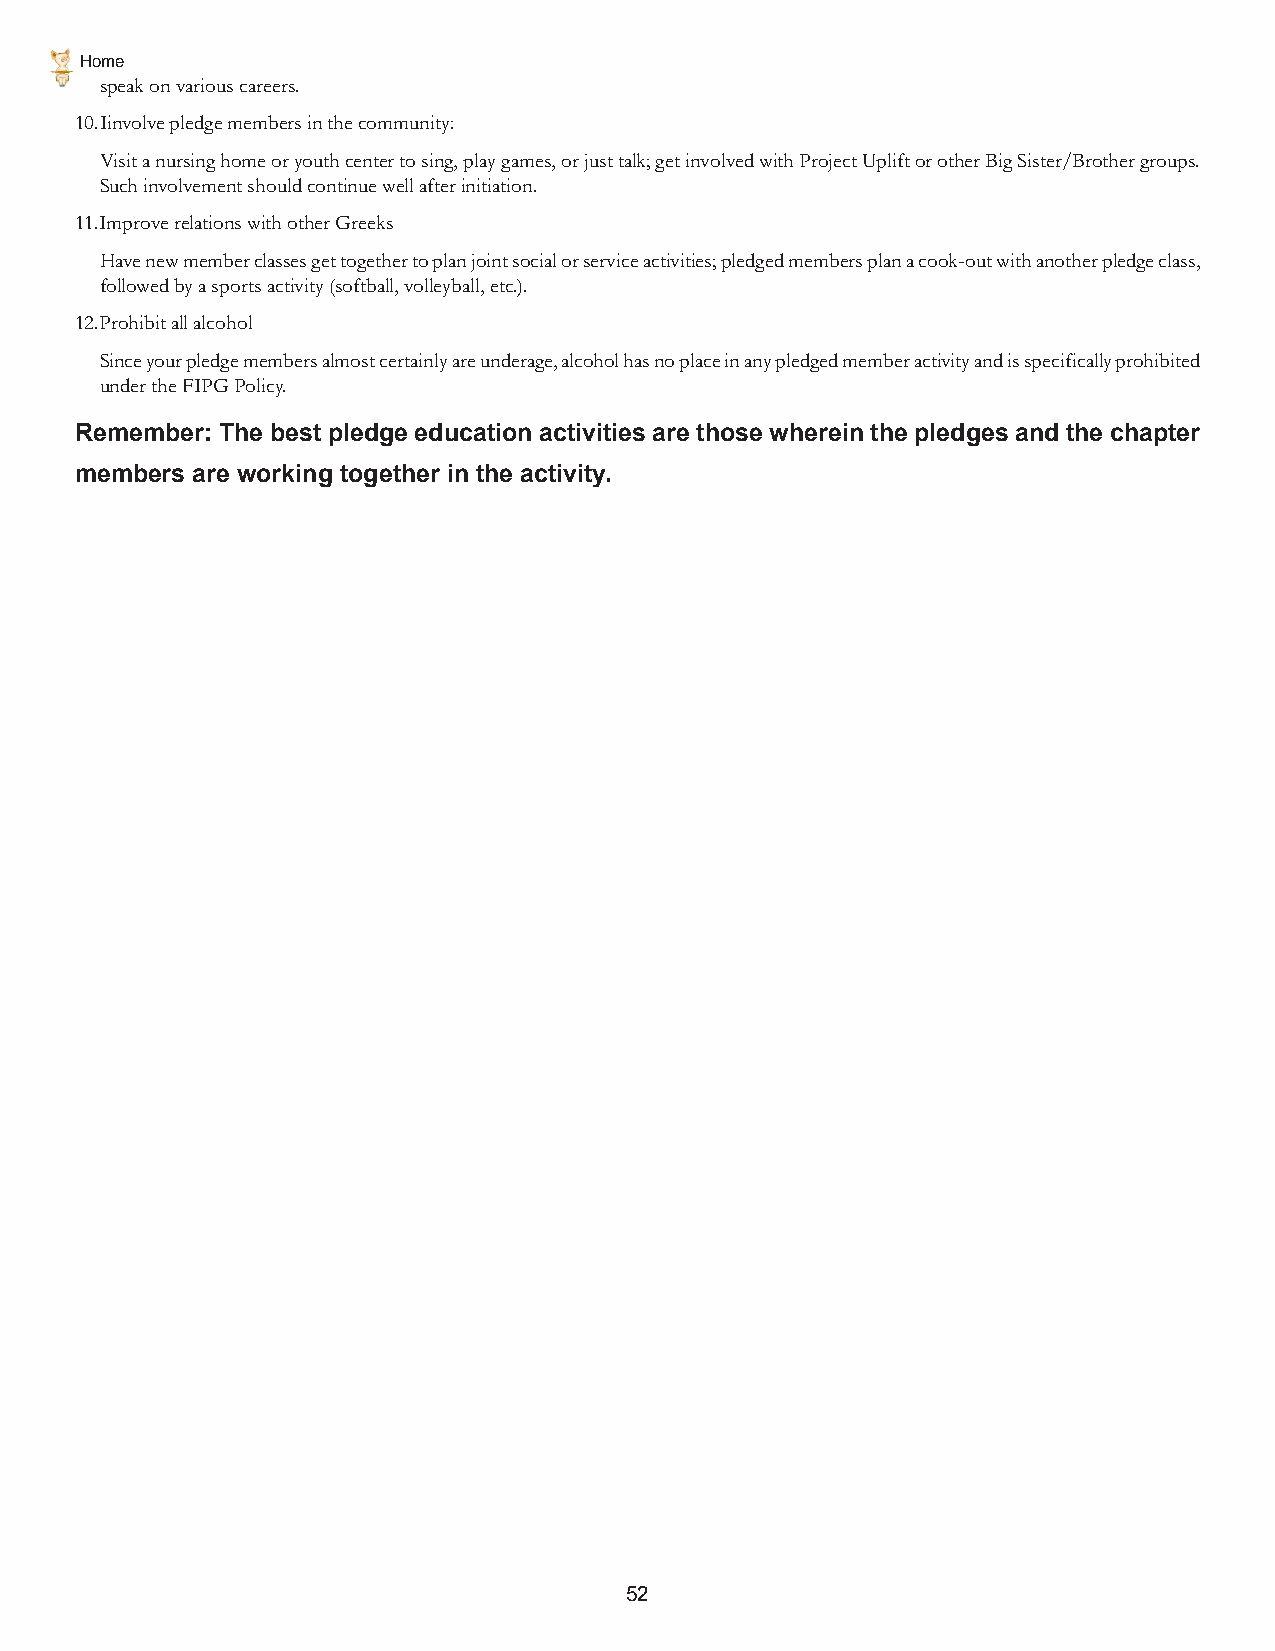
Home
 speak on various careers.
 10.Iinvolve pledge members in the community:
 Visit a nursing home or youth center to sing, play games, or just talk; get involved with Project Uplift or other Big Sister/Brother groups.
 Such involvement should continue well after initiation.
 11.Improve relations with other Greeks
 Have new member classes get together to plan joint social or service activities; pledged members plan a cook-out with another pledge class,
 followed by a sports activity (softball, volleyball, etc.).
 12.Prohibit all alcohol
 Since your pledge members almost certainly are underage, alcohol has no place in any pledged member activity and is specifically prohibited
 under the FIPG Policy.
 Remember: The best pledge education activities are those wherein the pledges and the chapter
 members are working together in the activity.
 52